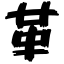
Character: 革